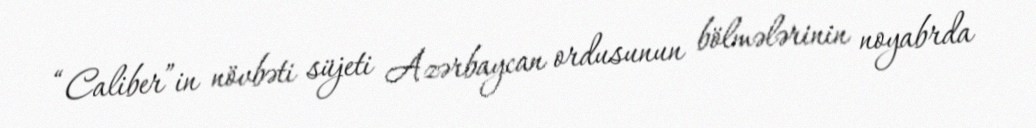
“Caliber”in növbəti süjeti Azərbaycan ordusunun bölmələrinin noyabrda